Insane asylums in Bengal annual reports 1867-1875 - 1867-1875
Year: 1867
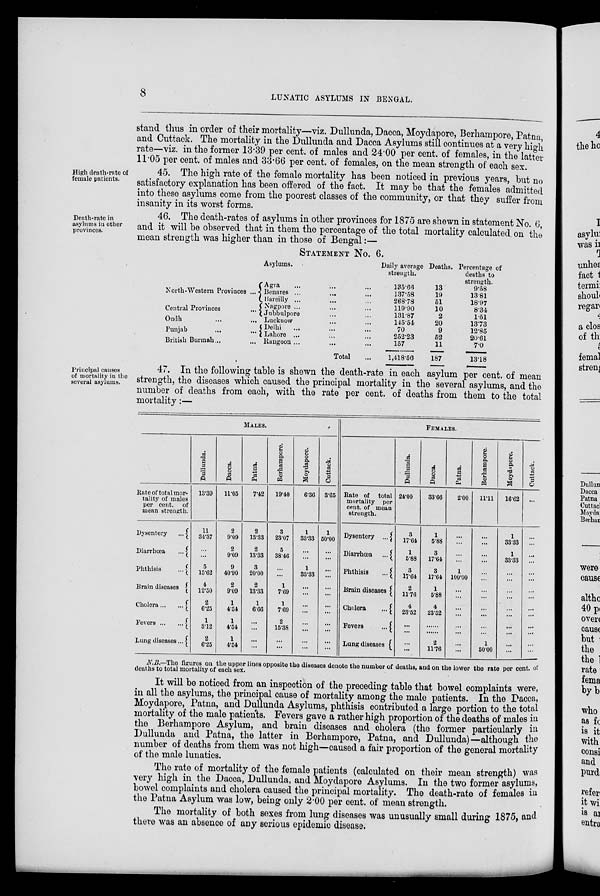
8
LUNATIC ASYLUMS IN BENGAL.
stand thus in order of their mortality—viz. Dullunda, Dacca, Moydapore, Berhampore, Patna
and Cuttack. The mortality in the Dullunda and Dacca Asylums still continues at a very high
rate—viz. in the former 13.39 per cent. of males and 24.00 per cent. of females, in the latter
11.05 per cent. of males and 33.66 per cent. of females, on the mean strength of each sex.
High death-rate of
female patients.
45. The high rate of the female mortality has been noticed in previous years, but no
satisfactory explanation has been offered of the fact. It may be that the females admitted
into these asylums come from the poorest classes of the community, or that they suffer from
insanity in its worst forms.
Death-rate in
asylums in other
provinces.
46. The death-rates of asylums in other provinces for 1875 are shewn in statement No. 6,
and it will be observed that in them the percentage of the total mortality calculated on the
mean strength was higher than in those of Bengal:—
STATEMENT NO. 6.
North-Western Provinces ...
Central Provinces ...
Oudh ... ...
Punjab ... ...
British Burmah... ...
Asylums.
Agra ... ... ...
Benares ... ... ...
Bareilly ... ... ...
Nagpore ... ... ...
Jubbulpore ... ...
Lucknow ... ...
Delhi ... ... ...
Lahore ... ... ...
Rangoon ... ...
Total ...
Daily average
strength.
135.66
137.58
268.78
119.90
131.87
145.54
70
252.23
157
1,418.56
Deaths.
13
19
51
10
2
20
9
52
11
187
Percentage of
deaths to
strength.
9.58
13.81
18.97
8.34
1.51
13.73
12.85
20.61
7.0
13.18
Principal causes
of mortality in the
several asylums.
47. In the following table is shewn the death-rate in each asylum per cent. of mean
strength, the diseases which caused the principal mortality in the several asylums, and the
number of deaths from each, with the rate per cent. of deaths from them to the total
mortality:—
MALES.
Rate of total mor-
tality of males
per cent. of
mean strength.
Dysentery
...
Diarrhœa
...
Phthisis
...
Brain diseases
Cholera ... ...
Fevers
...
...
Lung diseases...
Dullunda.
13.39
11
34.37
...
...
5
15.62
4
12.50
2
6.25
1
3.12
2
6.25
Dacca.
11.05
2
9.09
2
9.09
9
40.90
2
9.09
1
4.54
1
4.54
1
4.54
Patna.
7.42
2
13.33
2
13.33
3
20.00
2
13.33
1
6.66
...
...
...
...
Berhampore.
19.40
3
23.07
5
38.46
...
...
1
7.69
1
7.69
2
15.38
...
...
Moydapore.
6.30
1
33.33
...
...
1
33.33
...
...
...
...
...
...
...
...
Cuttack.
3.65
1
50.00
...
...
...
...
...
...
...
...
...
...
...
...
FEMALES.
Rate of total
mortality per
cent.of mean
strength.
Dysentery ...
Diarrhœa
...
Phthisis
...
Brain diseases
Cholera
...
Fevers
...
Lung diseases
Dullunda.
24.00
3
17.64
1
5.88
3
17.64
2
11.76
4
23.52
...
...
...
...
Dacca.
33.66
1
5.88
3
17.64
3
17.64
1
5.88
4
23.52
...
...
2
11.76
Patna.
2.00
...
...
...
...
1
100.00
...
...
...
...
...
...
...
...
Berhampore.
11.11
...
...
...
...
...
...
...
...
...
...
...
...
1
50.00
Moydapore.
1662
1
33.33
1
33.33
...
...
...
...
...
...
...
...
...
...
Cuttack.
...
...
...
...
...
...
...
...
...
...
...
...
...
...
...
N.B.—The figures on the upper lines opposite the diseases denote the number of deaths, and on the lower the rate per cent. of
deaths to total mortality of each sex.
It will be noticed from an inspection of the preceding table that bowel complaints were,
in all the asylums, the principal cause of mortality among the male patients. In the Dacca,
Moydapore, Patna, and Dullunda Asylums, phthisis contributed a large portion to the total
mortality of the male patients. Fevers gave a rather high proportion of the deaths of males in
the Berhampore Asylum, and brain diseases and cholera (the former particularly in
Dullunda and Patna, the latter in Berhampore, Patna, and Dullunda)—although the
number of deaths from them was not high—caused a fair proportion of the general mortality
of the male lunatics.
The rate of mortality of the female patients (calculated on their mean strength) was
very high in the Dacca, Dullunda, and Moydapore Asylums. In the two former asylums,
bowel complaints and cholera caused the principal mortality. The death-rate of females in
the Patna Asylum was low, being only 2.00 per cent. of mean strength.
The mortality of both sexes from lung diseases was unusually small during 1875, and
there was an absence of any serious epidemic disease.